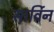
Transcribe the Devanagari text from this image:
सार्विन